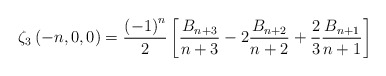
\begin{align*}\zeta_{3}\left(-n,0,0\right)=\frac{\left(-1\right)^{n}}{2}\left[\frac{B_{n+3}}{n+3}-2\frac{B_{n+2}}{n+2}+\frac{2}{3}\frac{B_{n+1}}{n+1}\right]\end{align*}